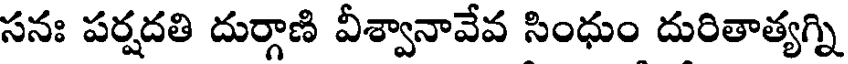
సనః పర్షదతి దుర్గాణి వీశ్వానావేవ సింధుం దురితాత్యగ్ని